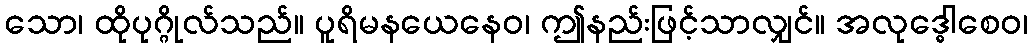
သော၊ ထိုပုဂ္ဂိုလ်သည်။ ပူရိမနယေနေဝ၊ ဤနည်းဖြင့်သာလျှင်။ အလုဒ္ဓေါစေဝ၊